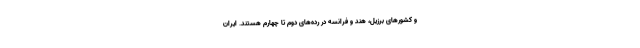
و کشورهای برزیل، هند و فرانسه در رده‌های دوم تا چهارم هستند. ایران